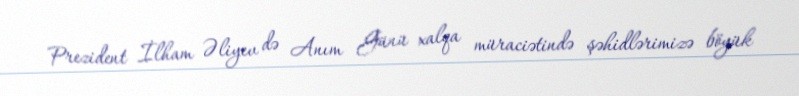
Prezident İlham Əliyev də Anım Günü xalqa müraciətində şəhidlərimizə böyük